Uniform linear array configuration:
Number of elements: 8
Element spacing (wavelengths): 0.5
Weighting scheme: cosine
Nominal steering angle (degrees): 15
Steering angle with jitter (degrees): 13.025
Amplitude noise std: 0.05
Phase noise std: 0.05

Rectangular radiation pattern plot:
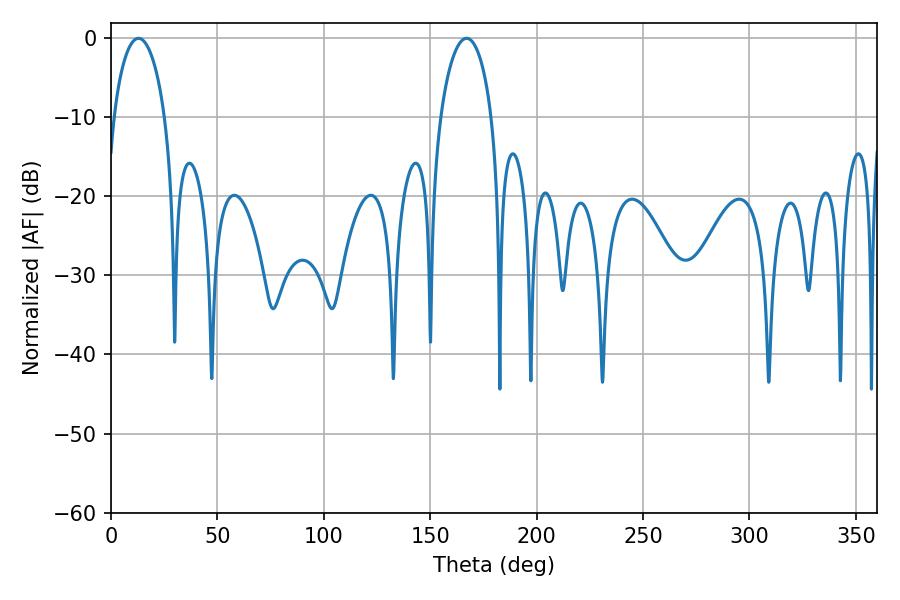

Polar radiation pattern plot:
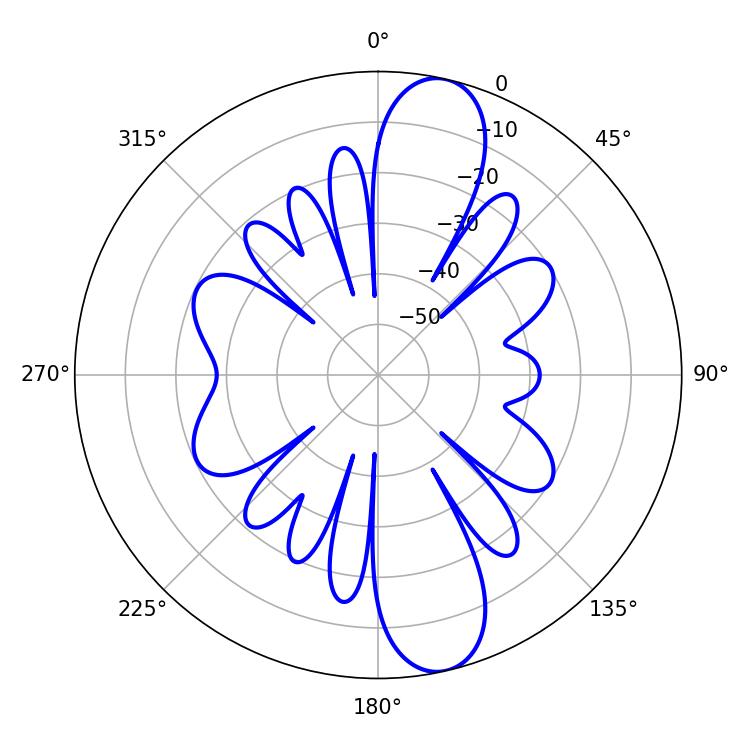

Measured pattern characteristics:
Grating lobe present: FALSE
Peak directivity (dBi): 12.519
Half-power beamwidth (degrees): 13.86
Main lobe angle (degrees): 12.96